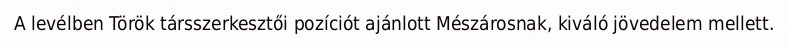
A levélben Török társszerkesztői pozíciót ajánlott Mészárosnak, kiváló jövedelem mellett.